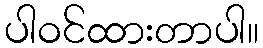
ပါဝင်ထားတာပါ။